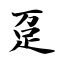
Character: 趸